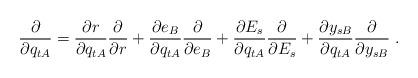
LaTeX: \begin{align*}\frac{\partial}{\partial q_{tA}}=\frac{\partial r}{\partial q_{tA}}\frac{\partial}{\partial r}+\frac{\partial e_B}{\partial q_{tA}}\frac{\partial}{\partial e_B}+\frac{\partial E_s}{\partial q_{tA}}\frac{\partial}{\partial E_s}+\frac{\partial y_{sB}}{\partial q_{tA}}\frac{\partial}{\partial y_{sB}}\;.\end{align*}